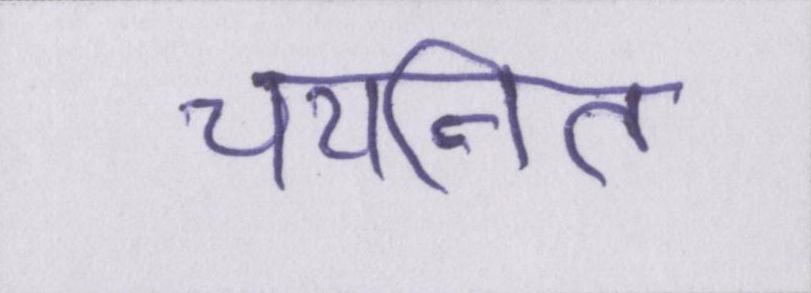
चयनित